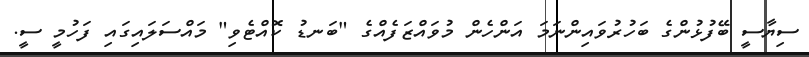
ސިޔާސީ ބޭފުޅުންގެ ބަހުރުވައިންނަމަ އަންހެން މުވައްޒަފެއްގެ "ބަނޑު ކޮއްޓެވި" މައްސަލައިގައި ފަހުމީ ސީ.